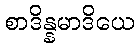
စာဒိန္နမာဒိယေ